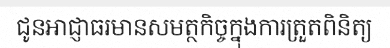
ជូនអាជ្ញាធរមានសមត្ថកិច្ចក្នុងការត្រួតពិនិត្យ